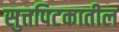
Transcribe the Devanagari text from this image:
सुत्तपिटकातील